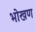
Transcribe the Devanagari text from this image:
भोखण